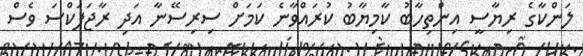
ލަންކާގެ ރިޔާސީ އިންތިހާބު ކާމިޔާބު ކުރައްވާނެ ކަމަށް ސިރިސޭނާ އަދި ރާޖަޕަކްސަ ވެސް